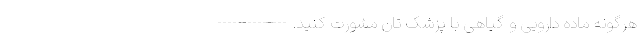
هرگونه ماده دارویی و گیاهی با پزشک تان مشورت کنید. --------------